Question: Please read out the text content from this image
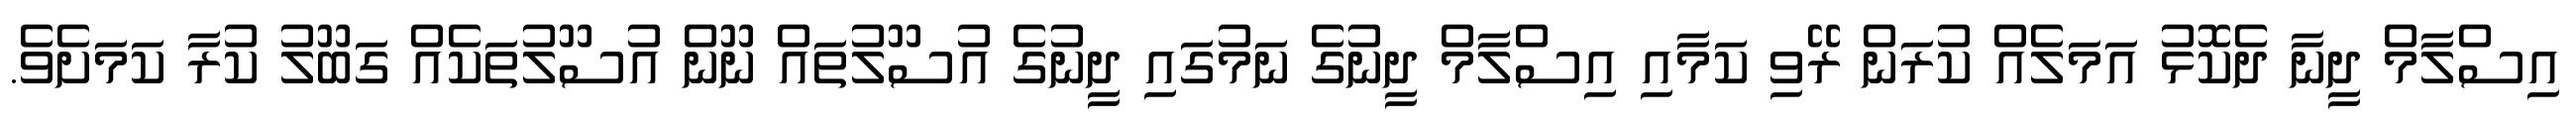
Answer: އިސްލާމް ދީނާ ދެކޮޅު އަމަލެއް ކުރަން ރޭވި ކަމާއި އިސްލާމް ދީނުގެ ނަމުގައި ދީނުގެ އުސޫލުތައް ނޫން އުސޫލުތަކެއް ގަބޫލު ކުރާ ކަމަށެވެ.